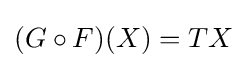
(G\circ F)(X)=TX